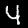
Digit: 4